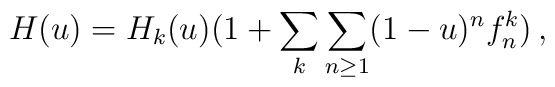
H (u) = H_k (u) \big( 1 + \sum_k \sum_{n \geq 1} (1-u)^n f_n^k \big) \, ,